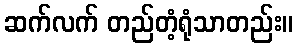
ဆက်လက် တည်တံ့ရုံသာတည်း။